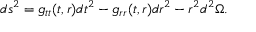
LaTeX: d s ^ { 2 } = g _ { t t } ( t , r ) d t ^ { 2 } - g _ { r r } ( t , r ) d r ^ { 2 } - r ^ { 2 } d ^ { 2 } \Omega .